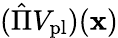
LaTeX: (\hat{\Pi}V_{\mathrm{pl}})(\mathbf{x})